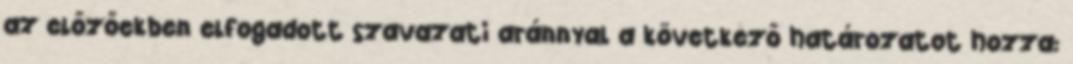
az előzőekben elfogadott szavazati aránnyal a következő határozatot hozza: